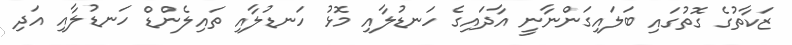
ޒަކާތުގެ ގޮތުގައި ބަލައިގަންނާނީ އާދައިގެ ހަނޑުލާއި މޮޅު ހަނޑުލާއި ތައިލެންޑް ހަނޑުލާއި އަދި